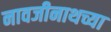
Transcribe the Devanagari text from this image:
नावजीनाथच्या